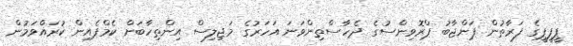
ޕީޕީޕީގެ ފަރާތުން ޕަންޖާބު ޕްރޮވިންސުގެ ދެހާސްތިންވަނަ އަހަރުގެ މަޖިލިސް އިންތިހާބަށް ކެމްޕެއިން ކުރައްވަމުން